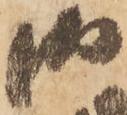
御